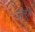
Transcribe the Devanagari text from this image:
जेऐ